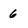
Character: 6